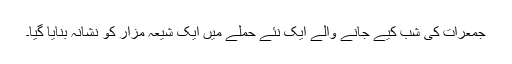
جمعرات کی شب کیے جانے والے ایک نئے حملے میں ایک شیعہ مزار کو نشانہ بنایا گیا۔